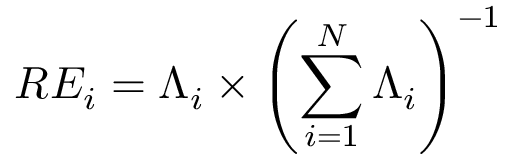
R E _ { i } = \Lambda _ { i } \times \left( \sum _ { i = 1 } ^ { N } \Lambda _ { i } \right) ^ { - 1 }